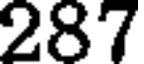
287